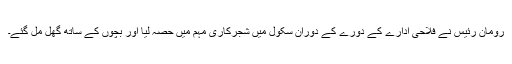
رومان رئیس نے فلاحی ادارے کے دورے کے دوران سکول میں شجرکاری مہم میں حصہ لیا اور بچوں کے ساتھ گھل مل گئے۔